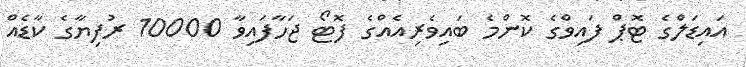
އައިޑަލްގެ ޓޮޕް ފައިވްގެ ކޮންމެ ބައިވެރިއެއްގެ ފޮޓޯ ޖަހާފައިވާ 10000 ރުފިޔާގެ ކާޑެއް